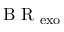
\mathrm { ~ B ~ R ~ } _ { \mathrm { e x o } }